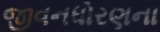
જીવનધોરણના